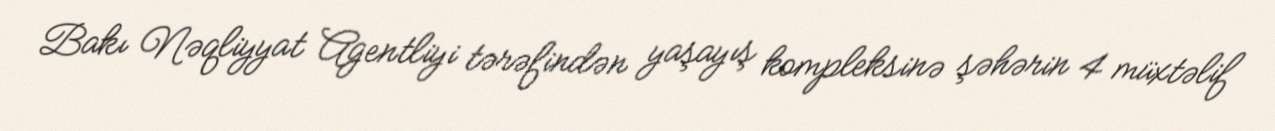
Bakı Nəqliyyat Agentliyi tərəfindən yaşayış kompleksinə şəhərin 4 müxtəlif